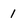
Character: 1